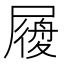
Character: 𡳐